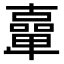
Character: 𠧉